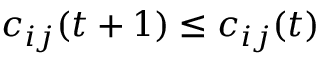
c _ { i j } ( t + 1 ) \leq c _ { i j } ( t )